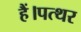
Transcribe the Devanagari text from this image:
हैं।पत्थर